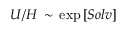
U / H \, \sim \, \exp \left[ S o l v \right]